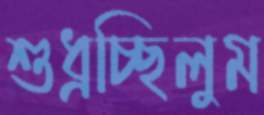
শুধ্‌রচ্ছিলুম